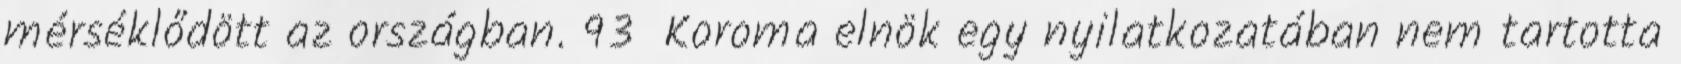
mérséklődött az országban. 93 Koroma elnök egy nyilatkozatában nem tartotta